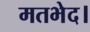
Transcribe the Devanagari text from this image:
मतभेद।